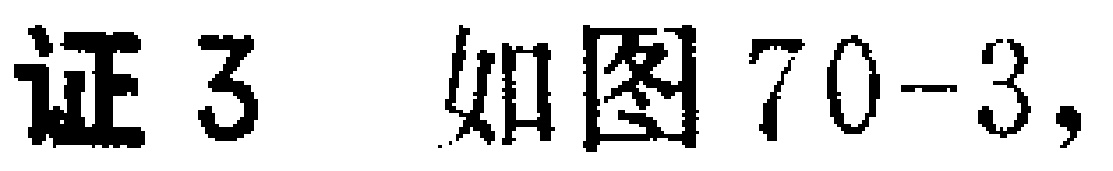
证 3 如图 70-3,